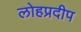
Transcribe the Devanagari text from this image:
लोहप्रदीप